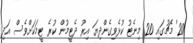
20' މެޗުގައި 20 މިނެޓު ކުޅެވިގެންދިޔަ އިރު ދެޓީމުން ކުރެ ޓީމަކަށްވެސް އަދި